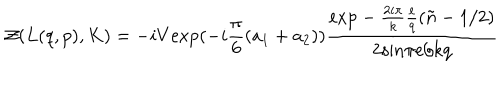
{ \cal Z } ( L ( q , p ) , K ) = - i V \mathrm { e x p } ( - i \frac { \pi } { 6 } ( a _ { 1 } + a _ { 2 } ) ) \frac { \mathrm { e x p } - \frac { 2 i \pi } { k } \frac { e } { q } ( \tilde { n } - 1 / 2 ) } { 2 \mathrm { s i n } \pi e / k q }